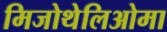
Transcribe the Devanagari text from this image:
मिजोथेलिओमा